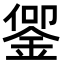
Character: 𬫜